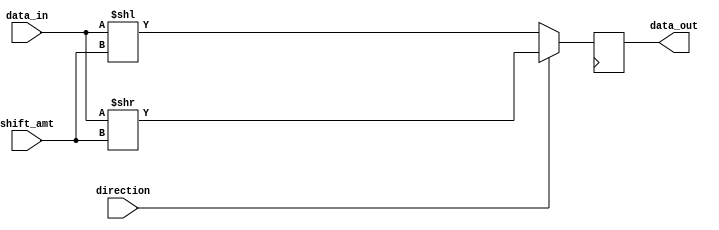
module Barrel_Shifter (
    input [7:0] data_in,
    input [2:0] shift_amt,
    input direction,
    output reg [7:0] data_out
);

// Define internal signals
reg [7:0] temp_data;

// Implement the rotating barrel shifter
always @ (posedge clk) begin
    if (direction == 1'b0) begin
        temp_data = data_in << shift_amt;
    end else begin
        temp_data = data_in >> shift_amt;
    end
end

// Assign output
assign data_out = temp_data;

endmodule